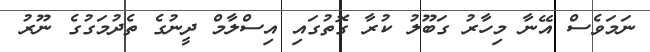
ނަމަވެސް އޭނާ މިހާރު ގަބޫލު ކުރާ ގޮތުގައި އިސްލާމް ދީނުގެ ތެދުމަގުގެ ނޫރު